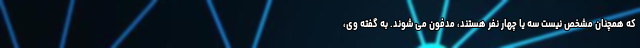
که همچنان مشخص نیست سه یا چهار نفر هستند، مدفون می شوند. به گفته وی،